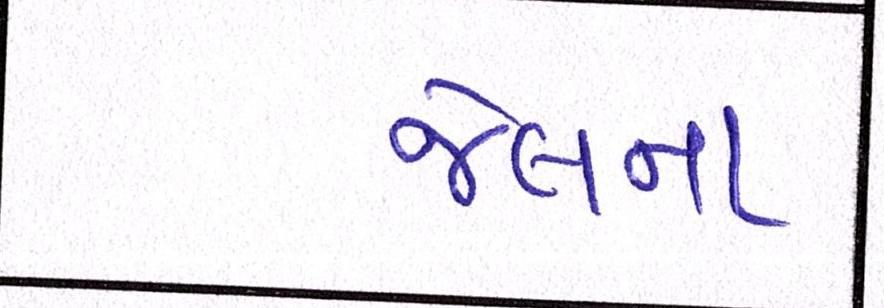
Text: જેલના